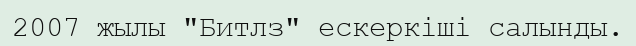
2007 жылы "Битлз" ескеркіші салынды.